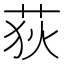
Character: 荻